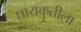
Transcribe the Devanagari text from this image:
घायकुतीला